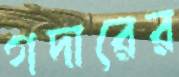
গদারের